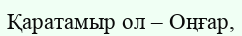
Қаратамыр ол – Оңғар,